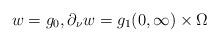
LaTeX: \begin{align*}w = g_{0}, \partial_{\nu} w = g_{1} (0, \infty) \times \Omega \end{align*}